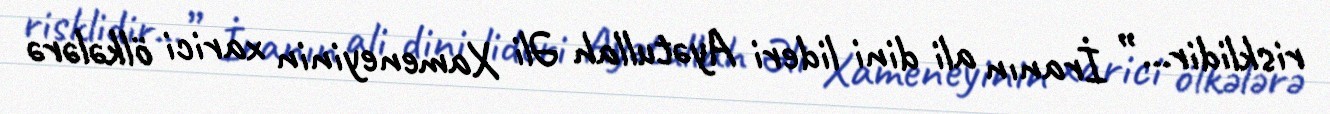
risklidir...” İranın ali dini lideri Ayətullah Əli Xameneyinin xarici ölkələrə